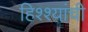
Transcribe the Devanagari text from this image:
हिश्श्यांची